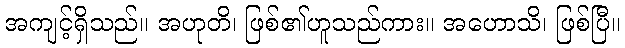
အကျင့်ရှိသည်။ အဟုတိ၊ ဖြစ်၏ဟူသည်ကား။ အဟောသိ၊ ဖြစ်ပြီ။